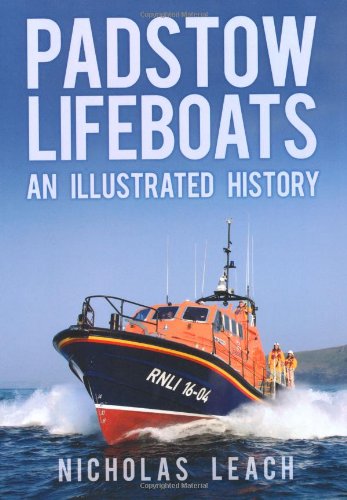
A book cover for Padstow Lifeboats: An Illustrated History; Nicholas Leach; Medical Books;